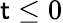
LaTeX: \mathsf{t}\leq0